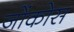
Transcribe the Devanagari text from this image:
जोंकोस